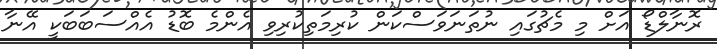
ރޮނާލްޑޯ އަށް މި މެޗުގައި ނުތަނަވަސްކަން ކުރިމަތިކުރިވި އެންމެ ބޮޑު އެއްސަބަބަކީ އޭނާ